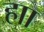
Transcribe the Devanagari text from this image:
हाा